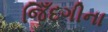
જિઁદગીના